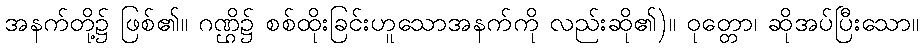
အနက်တို့၌ ဖြစ်၏။ ဂဏ္ဌိ၌ စစ်ထိုးခြင်းဟူသောအနက်ကို လည်းဆို၏)။ ဝုတ္တော၊ ဆိုအပ်ပြီးသော။